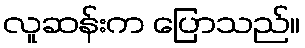
လူဆန်းက ပြောသည်။